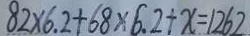
8 2 \times 6 . 2 + 6 8 \times 6 . 2 + x = 1 2 6 2